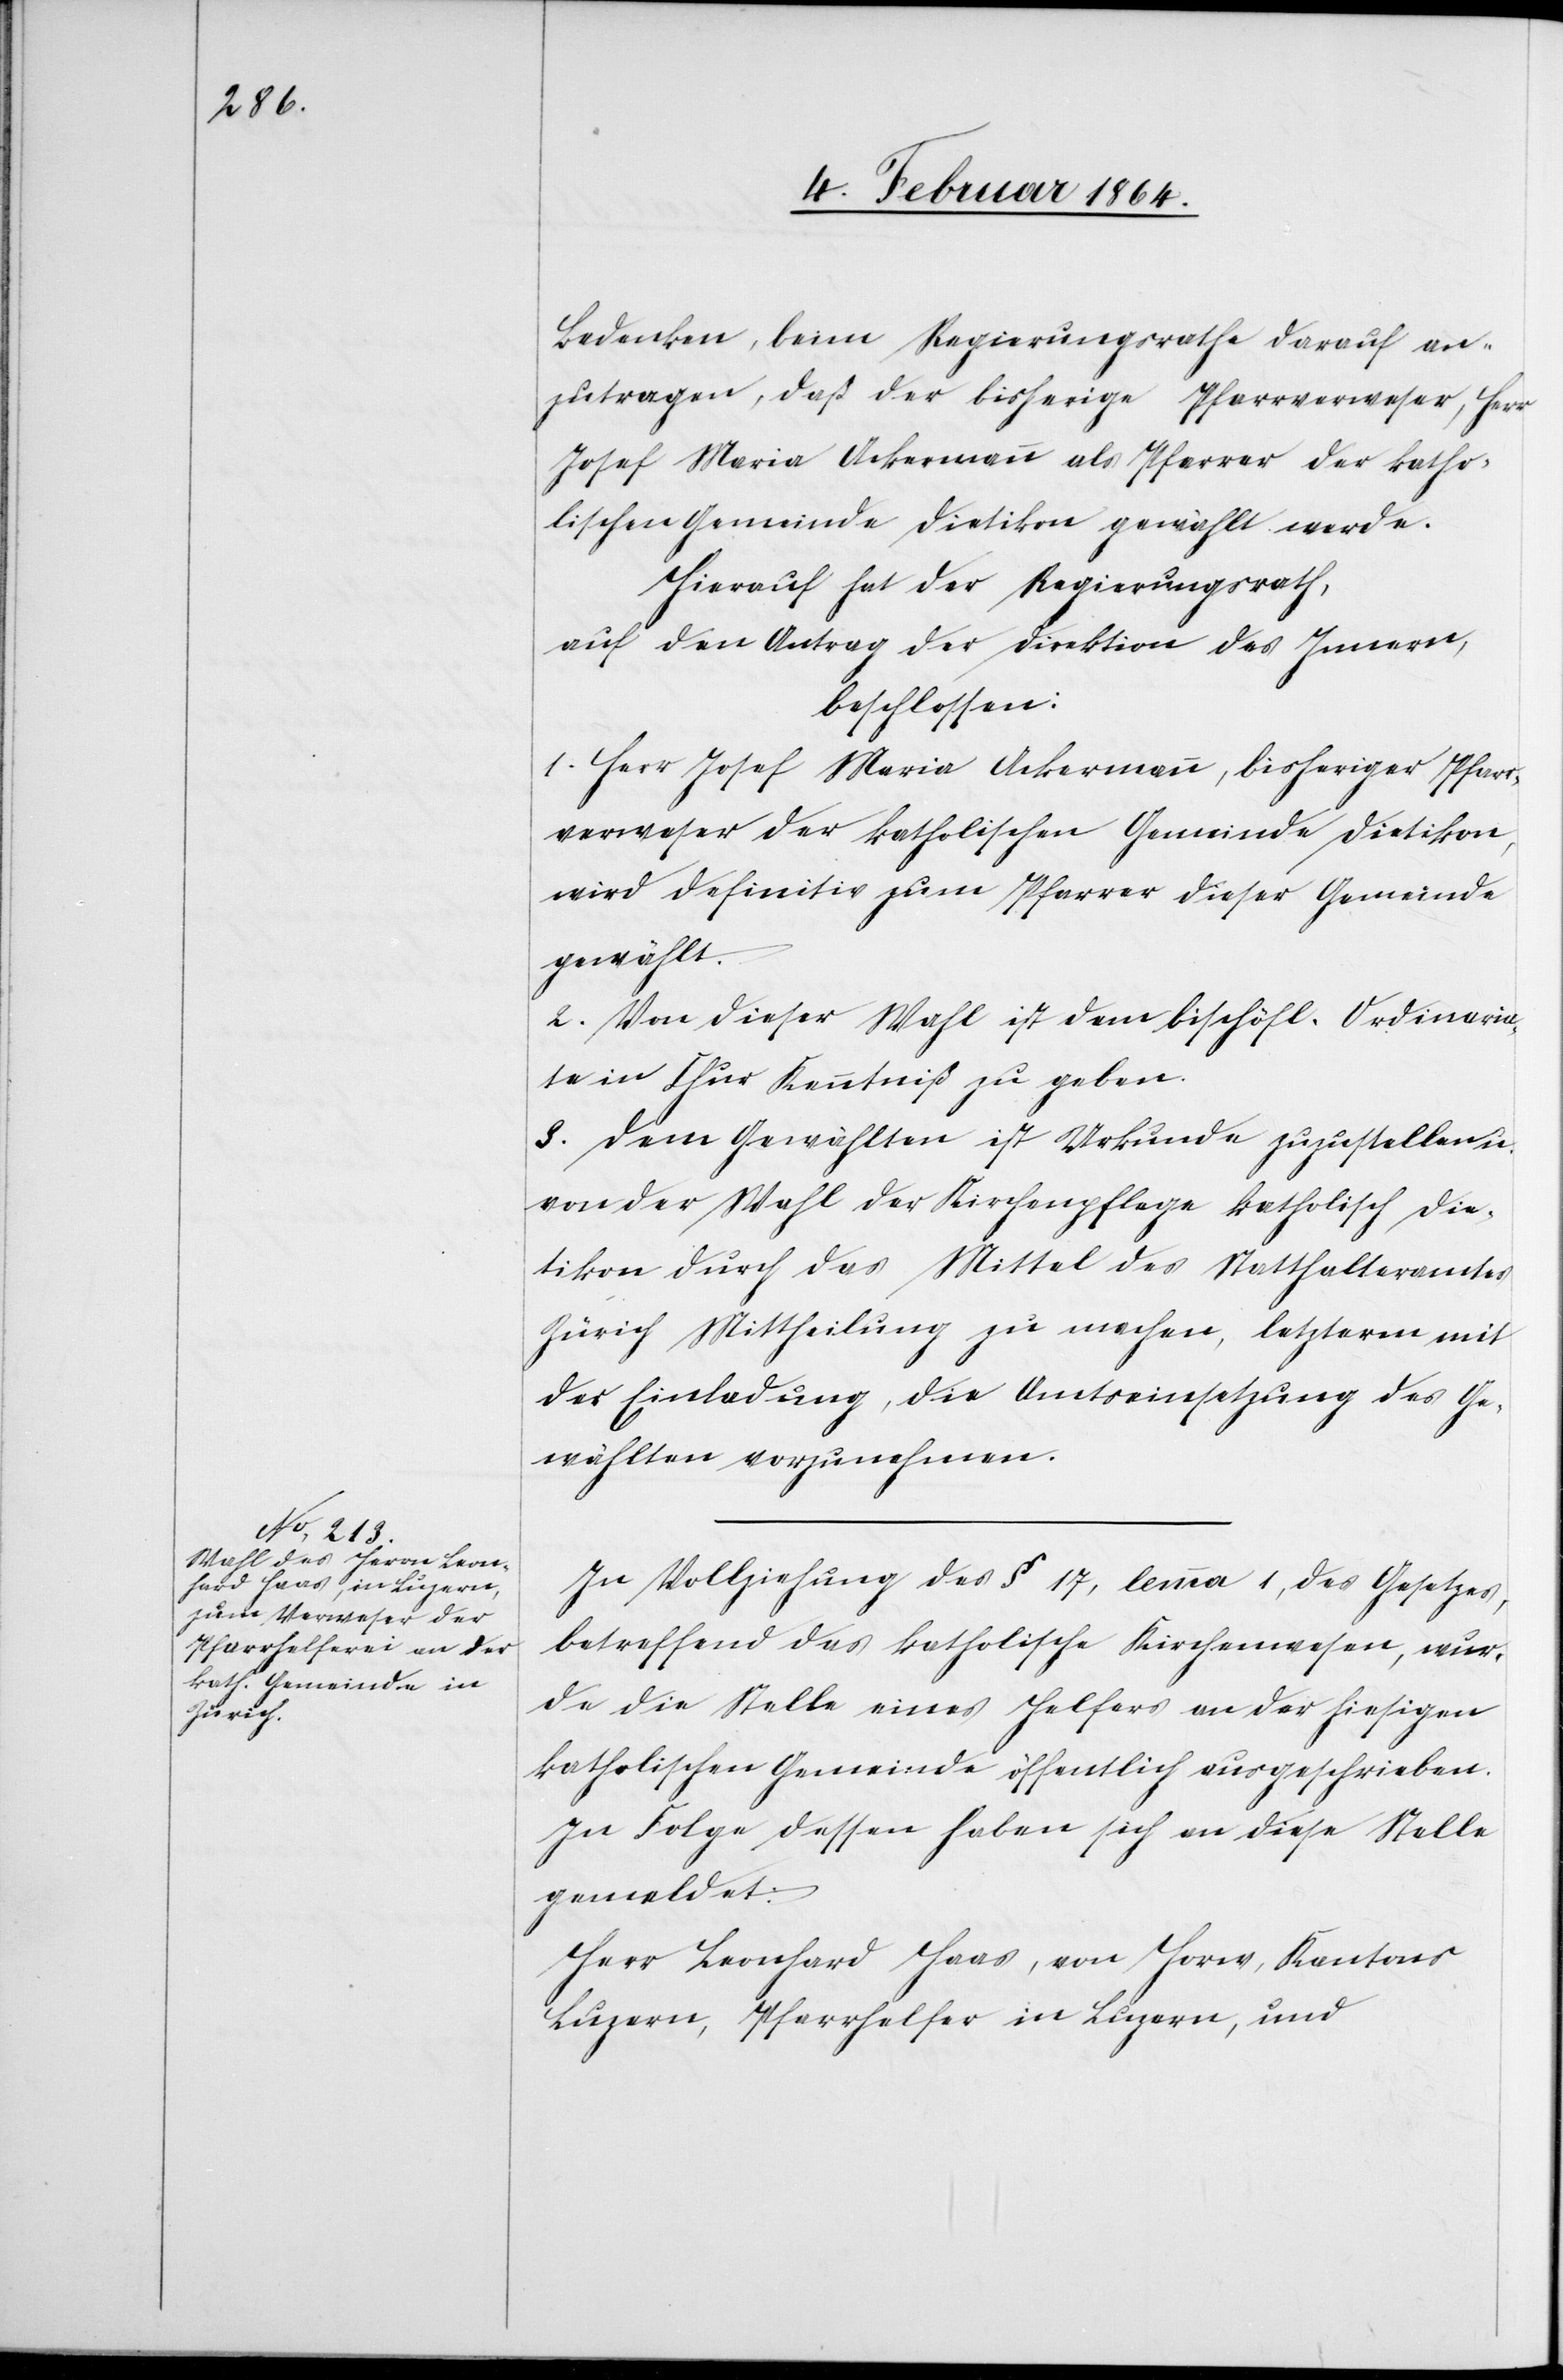
Bedenken, beim Regierungsrathe darauf an¬
zutragen, daß der bisherige Pfarrverweser, Herr
Josef Maria Ackermann als Pfarrer der katho¬
lischen Gemeinde Dietikon gewählt werde.
Hierauf hat der Regierungsrath,
auf den Antrag der Direktion des Innern,
beschlossen:
1. Herr Josef Maria Ackermann, bisheriger Pfarr¬
verweser der katholischen Gemeinde Dietikon,
wird definitiv zum Pfarrer dieser Gemeinde
gewählt.
2. Von dieser Wahl ist dem bischöfl. Ordinaria¬
te in Chur Kenntniß zu geben.
3. Dem Gewählten ist Urkunde zuzustellen u.
von der Wahl der Kirchenpflege katholisch Die¬
tikon durch das Mittel des Statthalteramtes
Zürich Mittheilung zu machen, letzterm mit
der Einladung, die Amtseinsetzung des Ge¬
wählten vorzunehmen.
In Vollziehung des § 17, lemma 1, des Gesetzes,
betreffend das katholische Kirchenwesen, wur¬
de die Stelle eines Helfers an der hiesigen
katholischen Gemeinde öffentlich ausgeschrieben.
In Folge dessen haben sich an diese Stelle
gemeldet:
Herr Leonhard Haas, von Horw, Kantons
Luzern, Pfarrhelfer in Luzern, und